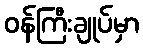
ဝန်ကြီးချုပ်မှာ